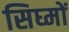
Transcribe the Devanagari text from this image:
सिघ्मों